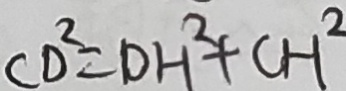
C D ^ { 2 } = D H ^ { 2 } + C H ^ { 2 }